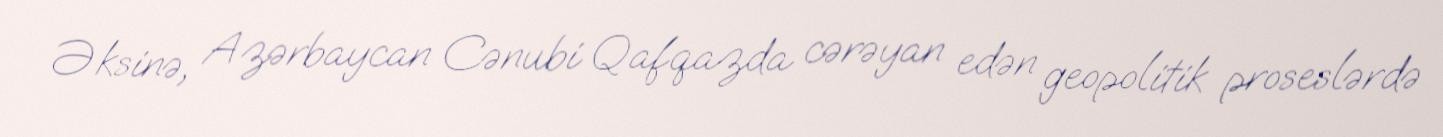
Əksinə, Azərbaycan Cənubi Qafqazda cərəyan edən geopolitik proseslərdə